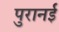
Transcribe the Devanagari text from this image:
पुरानई